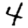
Digit: 4